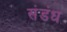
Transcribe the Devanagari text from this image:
संडंध